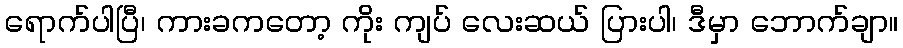
ရောက်ပါပြီ၊ ကားခကတော့ ကိုး ကျပ် လေးဆယ် ပြားပါ၊ ဒီမှာ ဘောက်ချာ။